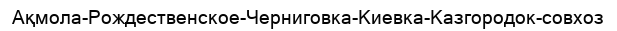
Ақмола-Рождественское-Черниговка-Киевка-Казгородок-совхоз